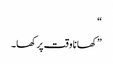
“
”کھانا وقت پر کھا۔